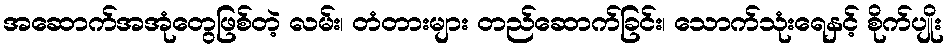
အဆောက်အအုံတွေဖြစ်တဲ့ လမ်း၊ တံတားများ တည်ဆောက်ခြင်း၊ သောက်သုံးရေနှင့် စိုက်ပျိုး